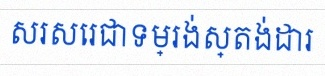
សរសេរជាទម្រង់ស្តង់ដារ